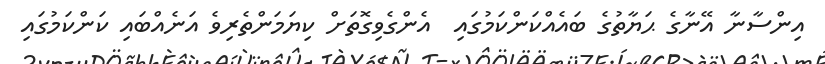
އިންސާނާ އޭނާގެ ޙަޔާތުގެ ބައެއްކަންކަމުގައި  އެންގެވިގޮތަށް ކިޔަމަންތެރިވެ އަނެއްބައި ކަންކަމުގައި